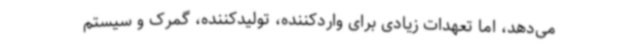
می‌دهد، اما تعهدات زیادی برای واردکننده، تولیدکننده، گمرک و سیستم